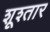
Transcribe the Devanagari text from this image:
शूश्तार